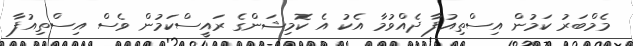
މެމްބަރު ކަމުން އިސްތިއުފާ ދެއްވުމާ އެކު އެ ކޮމިޝަންގެ ރައީސްކަމުން ވެސް އިސްތިއުފާ